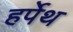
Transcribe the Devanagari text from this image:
हर्पेथ